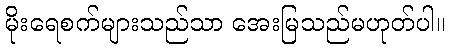
မိုးရေစက်များသည်သာ အေးမြသည်မဟုတ်ပါ။